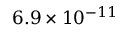
6 . 9 \times 1 0 ^ { - 1 1 }